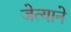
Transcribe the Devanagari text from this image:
जेत्याने